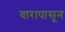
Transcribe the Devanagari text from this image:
वारापासून